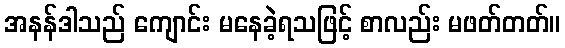
အနန်ဒါသည် ကျောင်း မနေခဲ့ရသဖြင့် စာလည်း မဖတ်တတ်။